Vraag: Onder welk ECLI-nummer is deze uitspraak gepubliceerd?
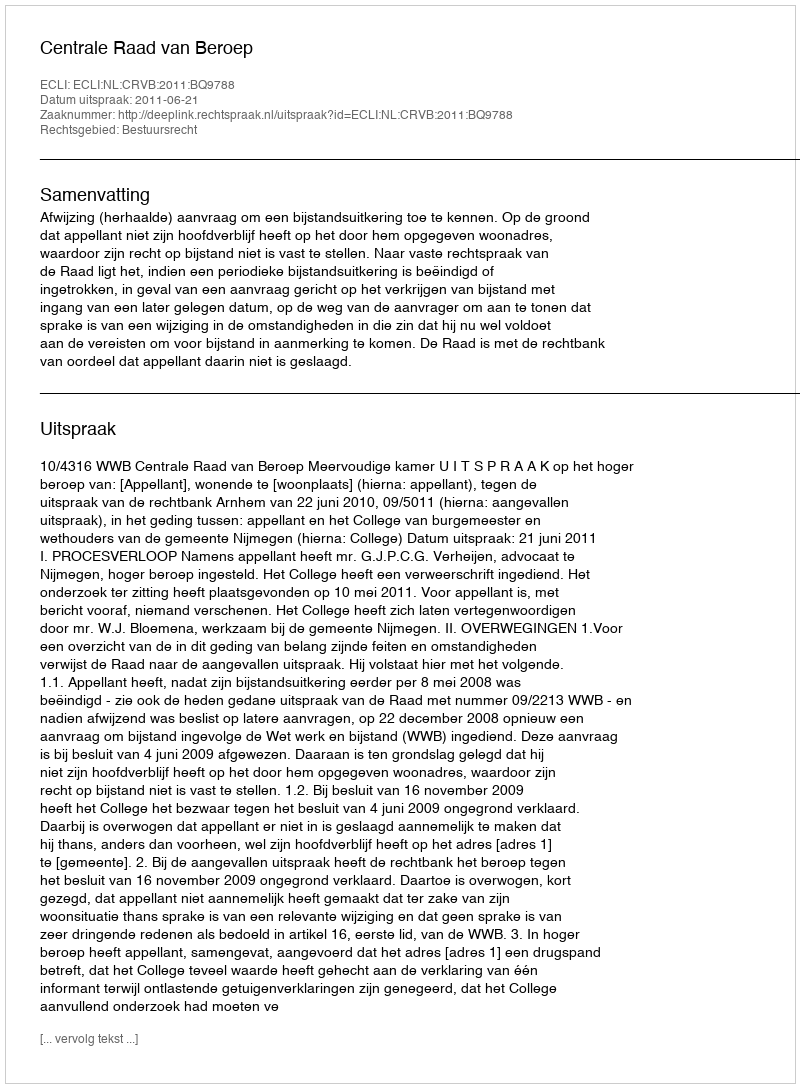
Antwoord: ECLI:NL:CRVB:2011:BQ9788